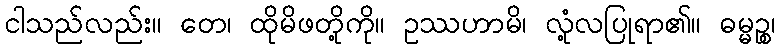
ငါသည်လည်း။ တေ၊ ထိုမိဖတို့ကို။ ဥဿဟာမိ၊ လုံ့လပြုရာ၏။ ဓမ္မဉ္စ၊